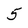
Character: 5